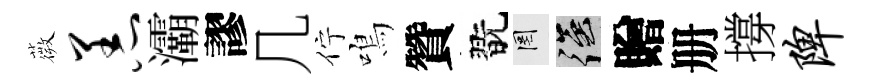
薇恙灞謬几佇鳴贊翫罔强贈册撐陴